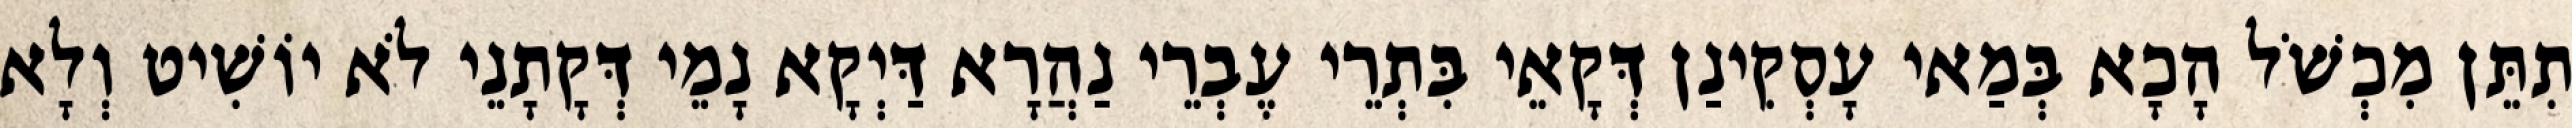
תִתֵּן מִכְשֹׁל הָכָא בְּמַאי עָסְקִינַן דְּקָאֵי בִּתְרֵי עֶבְרֵי נַהֲרָא דַּיְקָא נָמֵי דְּקָתָנֵי לֹא יוֹשִׁיט וְלָא